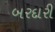
બરદારી